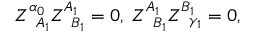
Z _ { \; \; A _ { 1 } } ^ { \alpha _ { 0 } } Z _ { \; \; B _ { 1 } } ^ { A _ { 1 } } = 0 , \; Z _ { \; \; B _ { 1 } } ^ { A _ { 1 } } Z _ { \; \; \gamma _ { 1 } } ^ { B _ { 1 } } = 0 ,